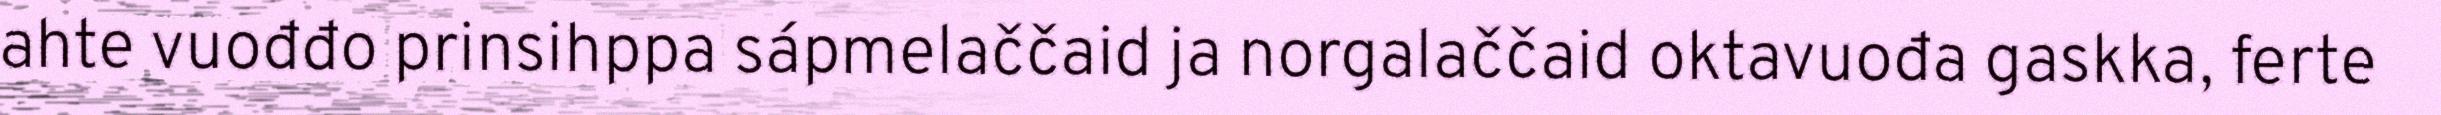
ahte vuođđo prinsihppa sápmelaččaid ja norgalaččaid oktavuođa gaskka, ferte